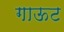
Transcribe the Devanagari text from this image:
गाऊट